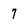
Character: 7